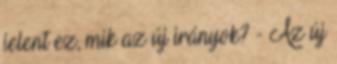
jelent ez, mik az új irányok? - Az új